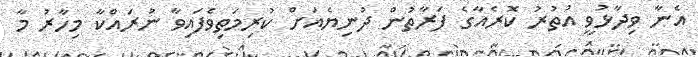
އެނާ ވިދާޅުވީ އުތުރު ކޮރެއާގެ ފަރާތުން ދުނިޔެއަށް ކުރިމަތިވެފައިވާ ނުރައްކާ މިހާރު މާ